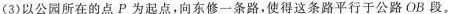
(3)以公园所在的点P为起点，向东修一条路，使得这条路平行于公路OB段。